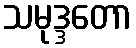
သမုဒ္ဒတော